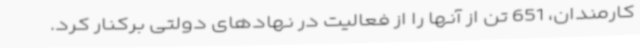
کارمندان، 651 تن از آنها را از فعالیت در نهادهای دولتی برکنار کرد.